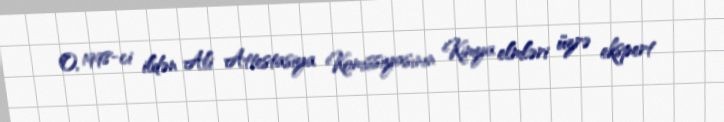
O, 1998-ci ildən Ali Attestasiya Komissiyasının Kimya elmləri üzrə ekspert